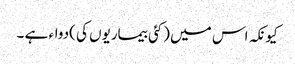
کیونکہ اس میں (کئی بیماریوں کی )دواء ہے ۔